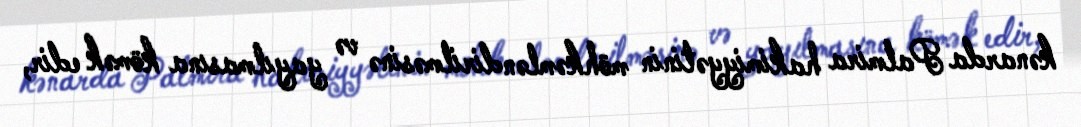
kənarda Palmira hakimiyyətinin möhkəmləndirilməsinə və yayılmasına kömək edir,